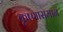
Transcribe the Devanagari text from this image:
कृष्णासमान